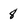
Character: 8